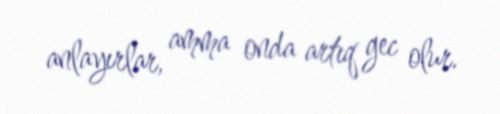
anlayırlar, amma onda artıq gec olur.